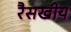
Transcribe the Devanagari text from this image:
रैसखीय